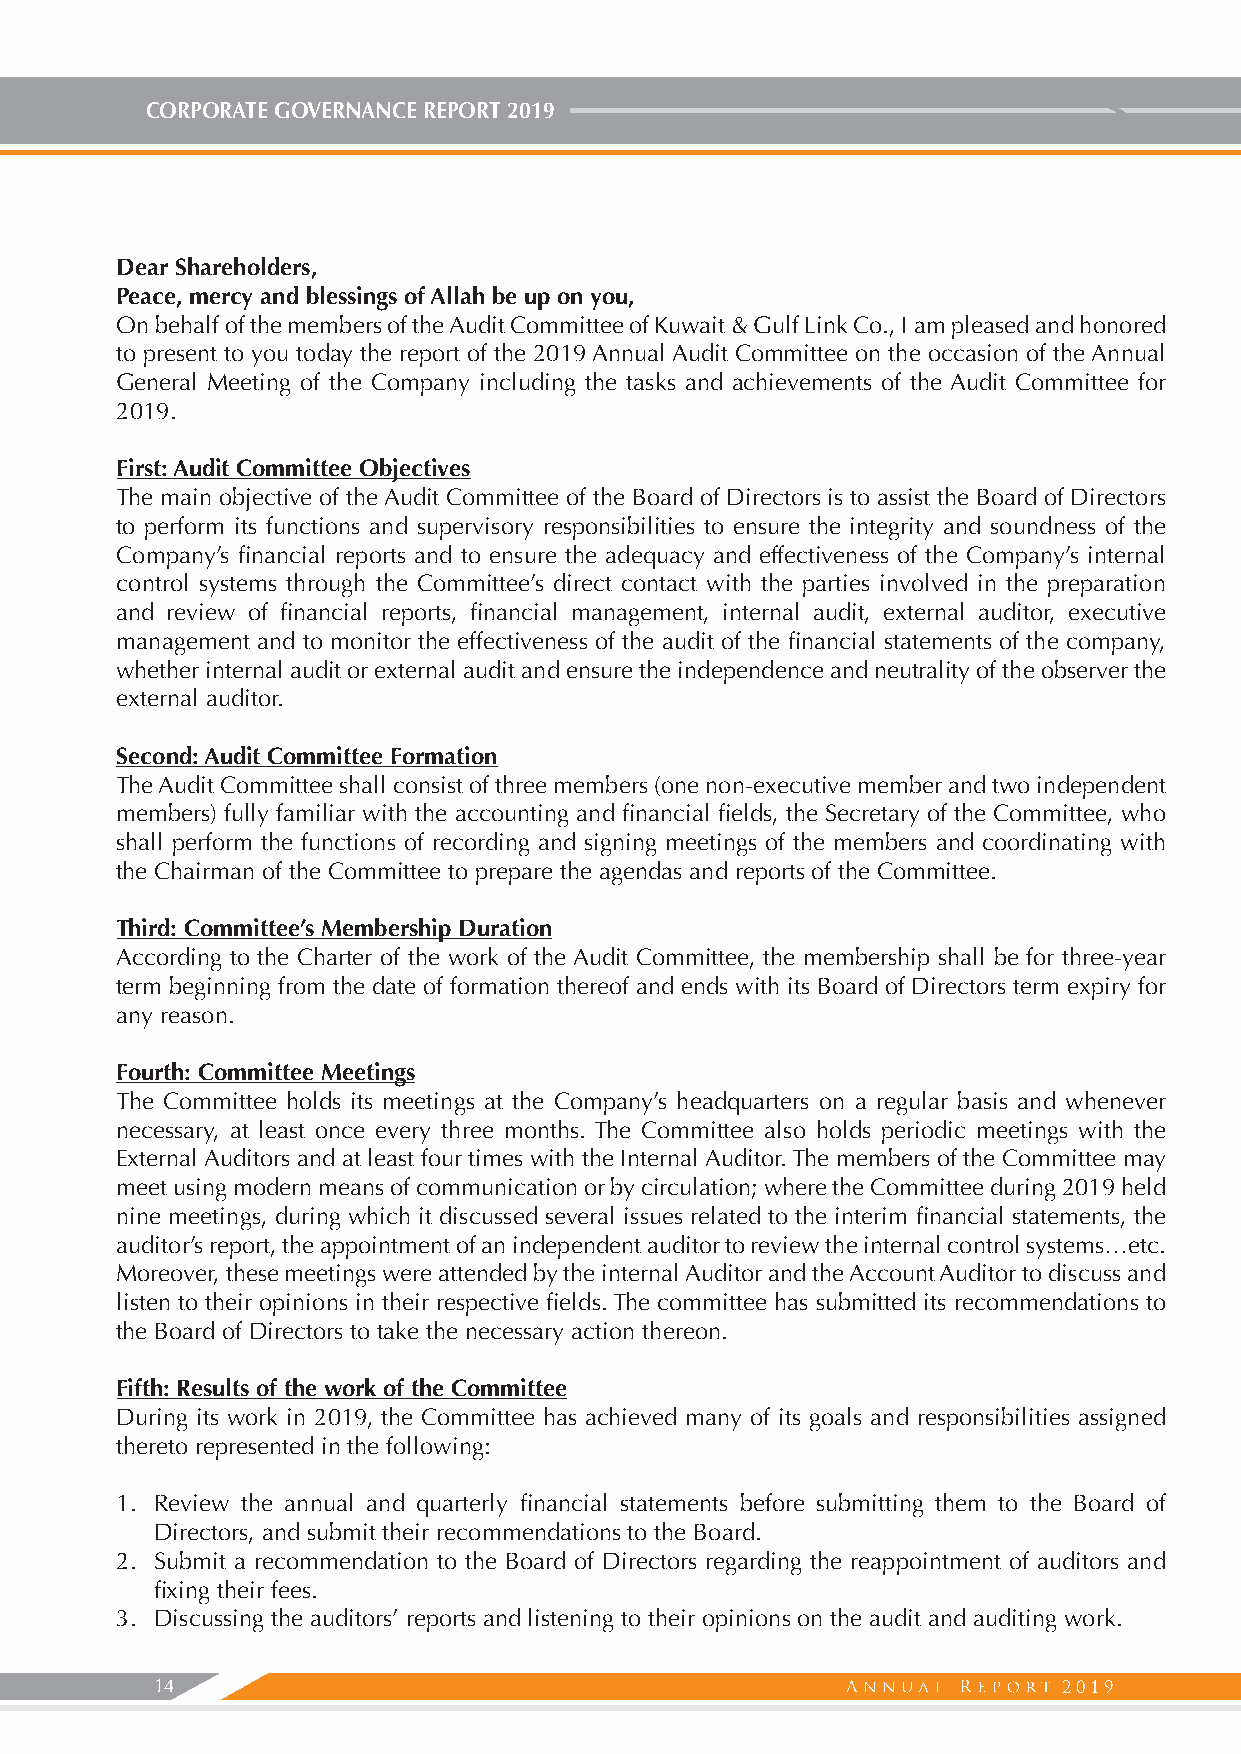
CORPORATE GOVERNANCE REPORT 2019
 Dear Shareholders,
 Peace, mercy and blessings of Allah be up on you,
 On behalf of the members of the Audit Committee of Kuwait & Gulf Link Co., I am pleased and honored
 to present to you today the report of the 2019 Annual Audit Committee on the occasion of the Annual
 General Meeting of the Company including the tasks and achievements of the Audit Committee for
 2019.
 First: Audit Committee Objectives
 The main objective of the Audit Committee of the Board of Directors is to assist the Board of Directors
 to perform its functions and supervisory responsibilities to ensure the integrity and soundness of the
 Company’s financial reports and to ensure the adequacy and effectiveness of the Company’s internal
 control systems through the Committee’s direct contact with the parties involved in the preparation
 and review of financial reports, financial management, internal audit, external auditor, executive
 management and to monitor the effectiveness of the audit of the financial statements of the company,
 whether internal audit or external audit and ensure the independence and neutrality of the observer the
 external auditor.
 Second: Audit Committee Formation
 The Audit Committee shall consist of three members (one non-executive member and two independent
 members) fully familiar with the accounting and financial fields, the Secretary of the Committee, who
 shall perform the functions of recording and signing meetings of the members and coordinating with
 the Chairman of the Committee to prepare the agendas and reports of the Committee.
 Third: Committee’s Membership Duration
 According to the Charter of the work of the Audit Committee, the membership shall be for three-year
 term beginning from the date of formation thereof and ends with its Board of Directors term expiry for
 any reason.
 Fourth: Committee Meetings
 The Committee holds its meetings at the Company’s headquarters on a regular basis and whenever
 necessary, at least once every three months. The Committee also holds periodic meetings with the
 External Auditors and at least four times with the Internal Auditor. The members of the Committee may
 meet using modern means of communication or by circulation; where the Committee during 2019 held
 nine meetings, during which it discussed several issues related to the interim financial statements, the
 auditor’s report, the appointment of an independent auditor to review the internal control systems…etc.
 Moreover, these meetings were attended by the internal Auditor and the Account Auditor to discuss and
 listen to their opinions in their respective fields. The committee has submitted its recommendations to
 the Board of Directors to take the necessary action thereon.
 Fifth: Results of the work of the Committee
 During its work in 2019, the Committee has achieved many of its goals and responsibilities assigned
 thereto represented in the following:
 1. Review the annual and quarterly financial statements before submitting them to the Board of
 Directors, and submit their recommendations to the Board.
 2. Submit a recommendation to the Board of Directors regarding the reappointment of auditors and
 fixing their fees.
 3. Discussing the auditors’ reports and listening to their opinions on the audit and auditing work.
 14                                                          2019